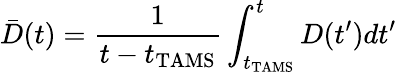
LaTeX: \bar{D}(t)=\frac{1}{t-t_{\mathrm{TAMS}}}\int_{t_{\mathrm{TAMS}}}^{t}D(t^{\prime})dt^{\prime}